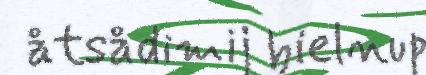
åtsådimij bielnup